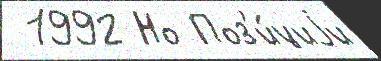
 1992 Но Поз'и́циjи